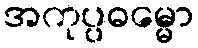
အကုပ္ပဓမ္မော